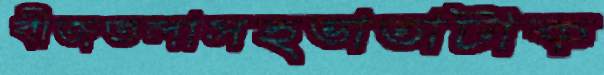
বীজতলাসহভাতাটাক